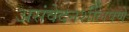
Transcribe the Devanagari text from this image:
असंवेदनशीलपणे